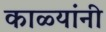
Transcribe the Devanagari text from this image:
काळ्यांनी